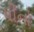
પીનો